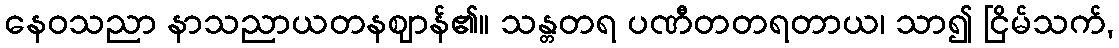
နေဝသညာ နာသညာယတနဈာန်၏။ သန္တတရ ပဏီတတရတာယ၊ သာ၍ ငြိမ်သက်,